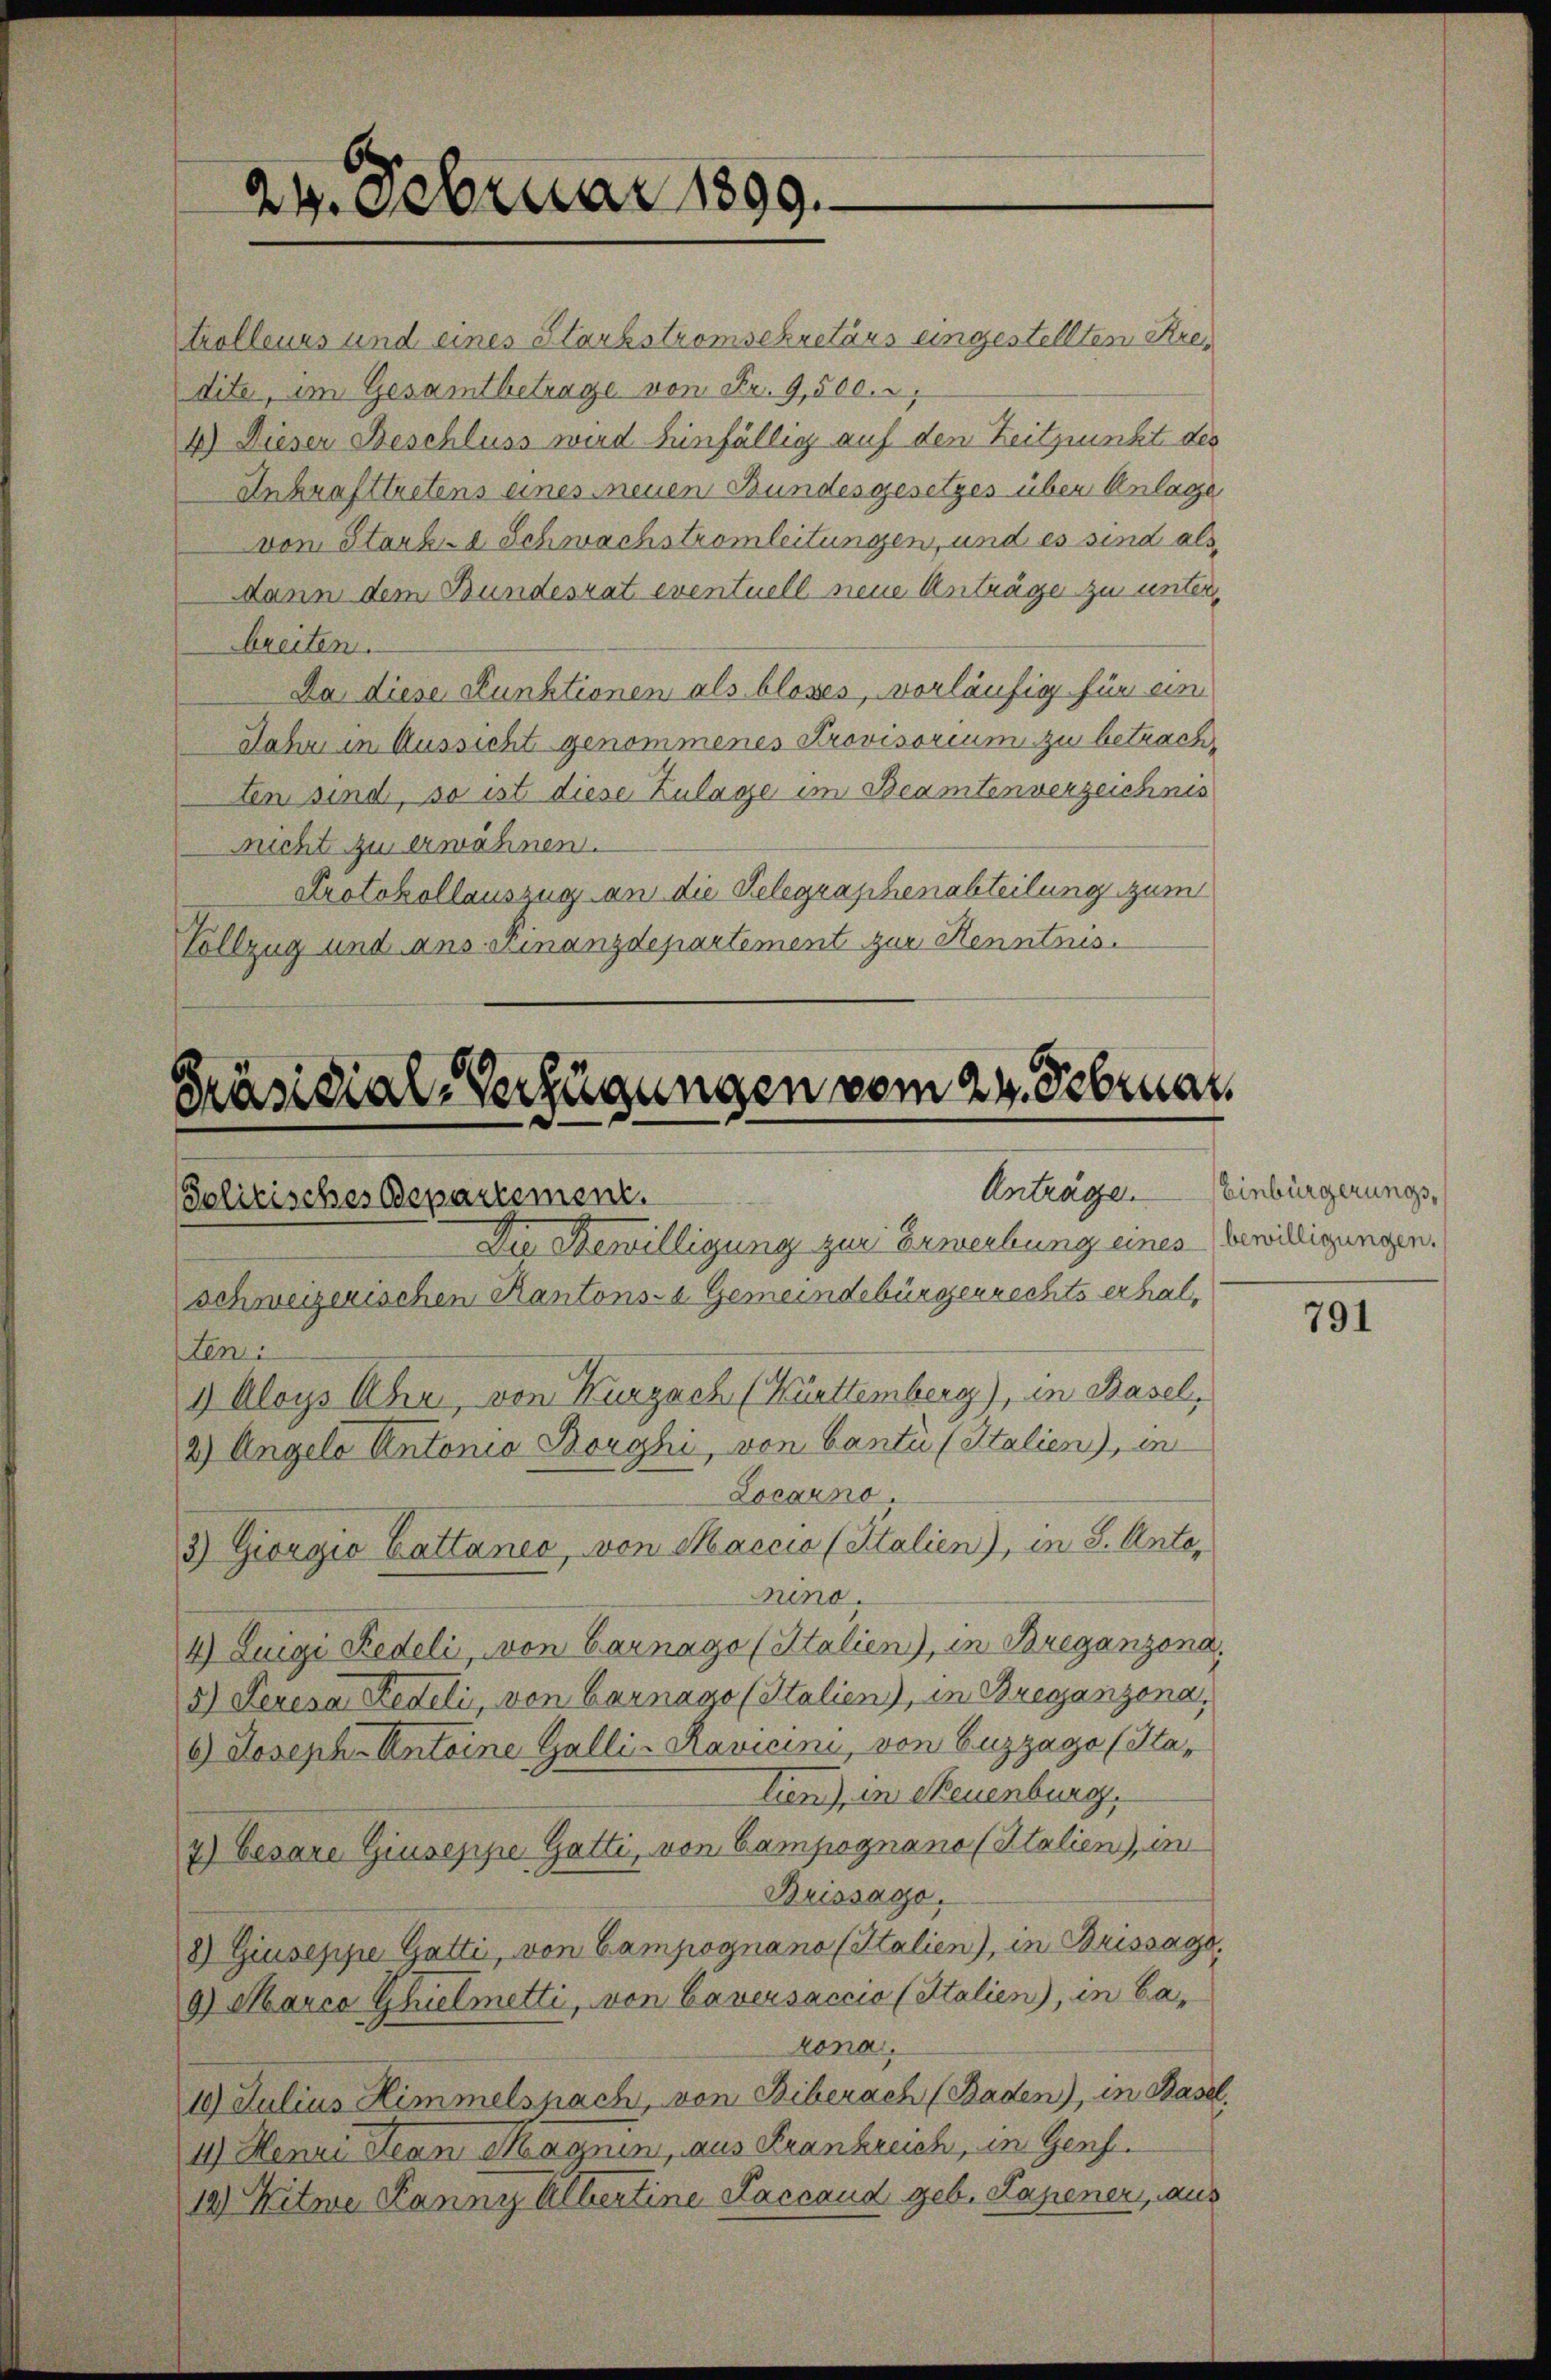
ten:

24. Februar 1899.

Präsidial-Verfügungen vom 24. Februar
Anträge. Einbürgerungs¬
Politisches Departement.
Die Bewilligung zur Erwerbung eines Bewilligungen.

schweizerischen Kantons- & Gemeindebürgerrechts erhal¬
1) Aloys Uhr, von Kurzach (Kürttemberg), in Basel,
2) Angelo Antonio Borghi, von Canti (Italien), in
Locarno
3) Giorgio Battaner, von Maccia (Italien), in 8. Anto¬

trolleurs und eines Starkstromsekretärs eingestellten Kredite, im Gesamtbetrage von Fr. 9,500.
4.) Dieser Beschluss wird hinfällig auf den Zeitpunkt des
Inkrafttretens eines neuen Bundesgesetzes über Anlage
vom Starke Schwachstromleitungen, und es sind als
dann dem Bundesrat eventuell neue Anträge zu unter
breiten.
Da diese Stunktionen als blosses, vorläufig für ein
Jahre in Aussicht genommenes Provisorium zu betrachten sind, so ist diese Zulage im Beamtenverzeichnis
nicht zu erwähnen.
Protokollauszug an die Gelegraphenabteilung zum
Vollzug und ans Finanzdepartement zur Kenntnis¬

nino.
4) Luigi Redeli, von Garnago (Stalien), in Breganzona.
5) Peresa Fideli, von Garnago (Italien), in Breganzona,
6) Joseph Antoine Galli-Ravicini, von Buzzago (Statien), in Neuenburg.
7) Cesare Giuseppe Gatti, von Campognano (Italien) in
Brissago.
8) Giuseppe Gatti, von Campognano (Italien), in Brissago
9) Marco Ghielmetti, von Caversaccio (Stalien), in Cakona.
19 Julius Himmelspach, von Biberach (Baden), in Basel.
4) Henri Jean Magnen, aus Frankreich, in Genf.
12) Witwe Panny Albertine Laccaud geb. Kapener, aus

791